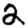
Digit: 2